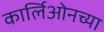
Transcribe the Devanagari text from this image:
कार्लिओनच्या